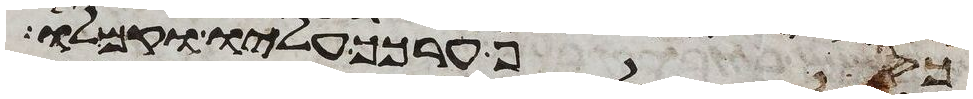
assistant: כסף ערכך עליו וקם לו